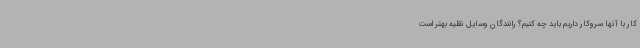
کار با آنها سروکار داریم باید چه کنیم؟ رانندگان وسایل نقلیه بهتر است